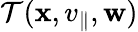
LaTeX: \mathcal{T}(\mathbf{x},v_{\parallel},\mathbf{w})